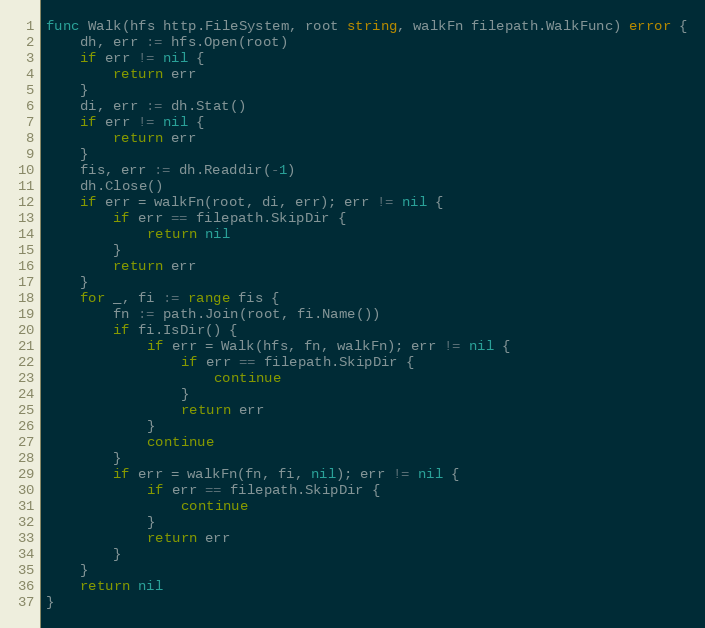
Language: Go
func Walk(hfs http.FileSystem, root string, walkFn filepath.WalkFunc) error {
	dh, err := hfs.Open(root)
	if err != nil {
		return err
	}
	di, err := dh.Stat()
	if err != nil {
		return err
	}
	fis, err := dh.Readdir(-1)
	dh.Close()
	if err = walkFn(root, di, err); err != nil {
		if err == filepath.SkipDir {
			return nil
		}
		return err
	}
	for _, fi := range fis {
		fn := path.Join(root, fi.Name())
		if fi.IsDir() {
			if err = Walk(hfs, fn, walkFn); err != nil {
				if err == filepath.SkipDir {
					continue
				}
				return err
			}
			continue
		}
		if err = walkFn(fn, fi, nil); err != nil {
			if err == filepath.SkipDir {
				continue
			}
			return err
		}
	}
	return nil
}